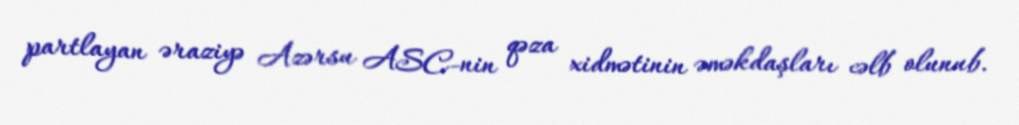
partlayan əraziyə Azərsu ASC-nin qəza xidmətinin əməkdaşları cəlb olunub.